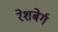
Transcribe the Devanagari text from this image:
रेशबेर्ग